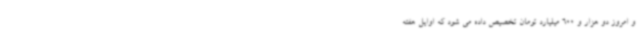
و امروز دو هزار و 600 میلیارد تومان تخصیص داده می شود که اوایل هفته